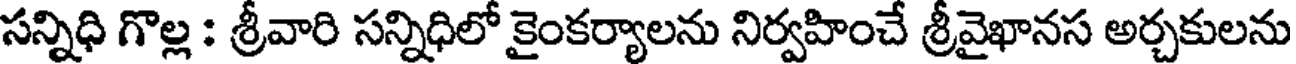
సన్నిధి గొల్ల : శ్రీవారి సన్నిధిలో కైంకర్యాలను నిర్వహించే శ్రీవైఖానస అర్చకులను